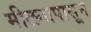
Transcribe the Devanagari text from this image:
मीलनापासून